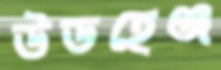
উডহেঞ্জ